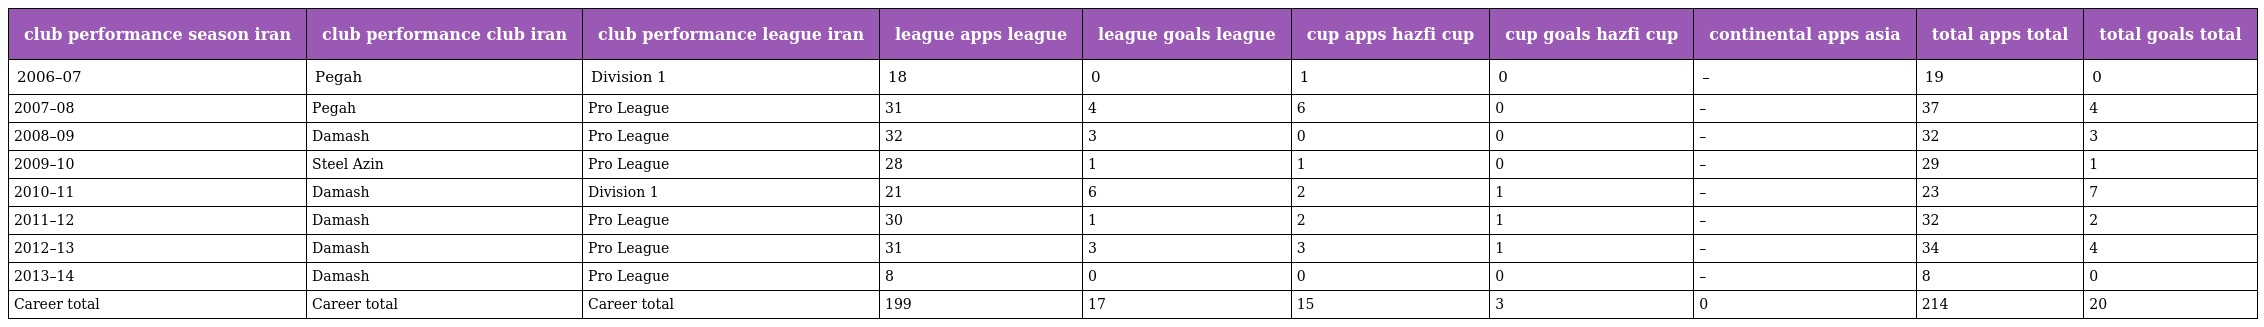
| club performance season iran | club performance club iran | club performance league iran | league apps league | league goals league | cup apps hazfi cup | cup goals hazfi cup | continental apps asia | total apps total | total goals total |
 | --- | --- | --- | --- | --- | --- | --- | --- | --- | --- |
 | 2006–07 | Pegah | Division 1 | 18 | 0 | 1 | 0 | – | 19 | 0 |
 | 2007–08 | Pegah | Pro League | 31 | 4 | 6 | 0 | – | 37 | 4 |
 | 2008–09 | Damash | Pro League | 32 | 3 | 0 | 0 | – | 32 | 3 |
 | 2009–10 | Steel Azin | Pro League | 28 | 1 | 1 | 0 | – | 29 | 1 |
 | 2010–11 | Damash | Division 1 | 21 | 6 | 2 | 1 | – | 23 | 7 |
 | 2011–12 | Damash | Pro League | 30 | 1 | 2 | 1 | – | 32 | 2 |
 | 2012–13 | Damash | Pro League | 31 | 3 | 3 | 1 | – | 34 | 4 |
 | 2013–14 | Damash | Pro League | 8 | 0 | 0 | 0 | – | 8 | 0 |
 | Career total | Career total | Career total | 199 | 17 | 15 | 3 | 0 | 214 | 20 |